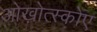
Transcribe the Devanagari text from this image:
ओख़ोत्स्कोए